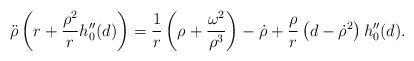
LaTeX: \begin{align*}\ddot{\rho }\left( r + \frac{\rho ^2}{r}h_0''(d) \right) = \frac{1}{r}\left( \rho + \frac{\omega ^2}{\rho ^3} \right) - \dot{\rho } + \frac{\rho }{r}\left( d - \dot{\rho }^2 \right)h_0''(d).\end{align*}